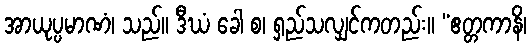
အာယုပ္ပမာဏံ၊ သည်။ ဒီဃံ ခေါ စ၊ ရှည်သလျှင်ကတည်း။ “ဧတ္တကာနိ၊